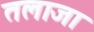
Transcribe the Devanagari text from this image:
तलाजा